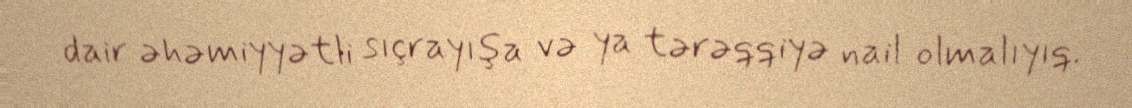
dair əhəmiyyətli sıçrayışa və ya tərəqqiyə nail olmalıyıq.